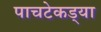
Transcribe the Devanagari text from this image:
पाचटेकड्या